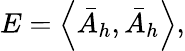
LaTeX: E=\left\langle\bar{A}_{h},\bar{A}_{h}\right\rangle,